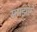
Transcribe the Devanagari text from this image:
समझोगे